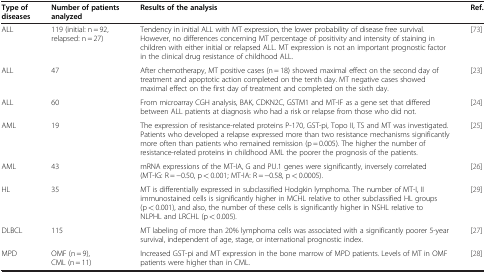
| Type of diseases | Number of patients analyzed | Results of the analysis | Ref. |
 | --- | --- | --- | --- |
 | ALL | 119 (initial: n = 92, relapsed: n = 27) | Tendency in initial ALL with MT expression, the lower probability of disease free survival. However, no differences concerning MT percentage of positivity and intensity of staining in children with either initial or relapsed ALL. MT expression is not an important prognostic factor in the clinical drug resistance of childhood ALL. | [73] |
 | ALL | 47 | After chemotherapy, MT positive cases (n = 18) showed maximal effect on the second day of treatment and apoptotic action completed on the tenth day. MT negative cases showed maximal effect on the first day of treatment and completed on the sixth day. | [23] |
 | ALL | 60 | From microarray CGH analysis, BAK, CDKN2C, GSTM1 and MT-IF as a gene set that differed between ALL patients at diagnosis who had a risk or relapse from those who did not. | [24] |
 | AML | 19 | The expression of resistance-related proteins P-170, GST-pi, Topo II, TS and MT was investigated. Patients who developed a relapse expressed more than two resistance mechanisms significantly more often than patients who remained remission (p = 0.005). The higher the number of resistance-related proteins in childhood AML the poorer the prognosis of the patients. | [25] |
 | AML | 43 | mRNA expressions of the MT-IA, G and PU.1 genes were significantly, inversely correlated (MT-IG: R = −0.50, p < 0.001; MT-IA: R = −0.58, p < 0.0005). | [26] |
 | HL | 35 | MT is differentially expressed in subclassified Hodgkin lymphoma. The number of MT-I, II immunostained cells is significantly higher in MCHL relative to other subclassified HL groups (p < 0.001), and also, the number of these cells is significantly higher in NSHL relative to NLPHL and LRCHL (p < 0.005). | [29] |
 | DLBCL | 115 | MT labeling of more than 20% lymphoma cells was associated with a significantly poorer 5-year survival, independent of age, stage, or international prognostic index. | [27] |
 | MPD | OMF (n = 9), CML (n = 11) | Increased GST-pi and MT expression in the bone marrow of MPD patients. Levels of MT in OMF patients were higher than in CML. | [28] |